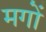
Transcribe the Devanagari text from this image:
मगों